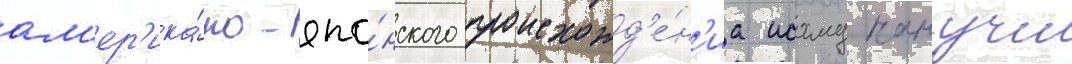
ам'ер'ика́но-япо́нского происхожд'е́н'иа исаму нанучи